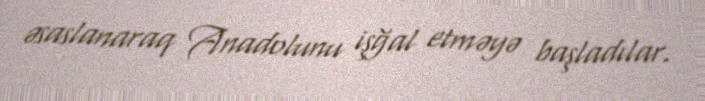
əsaslanaraq Anadolunu işğal etməyə başladılar.